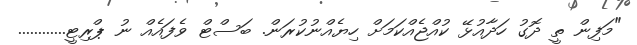
"މަފިން ތީ ދޮގު ހަދާއުޅޭ ކުއްޖެއްކަމަށް ހިޔެއްނުކުރަން. ބަސްޓް ވެފައެއް ނު ޕްރިޓީ............